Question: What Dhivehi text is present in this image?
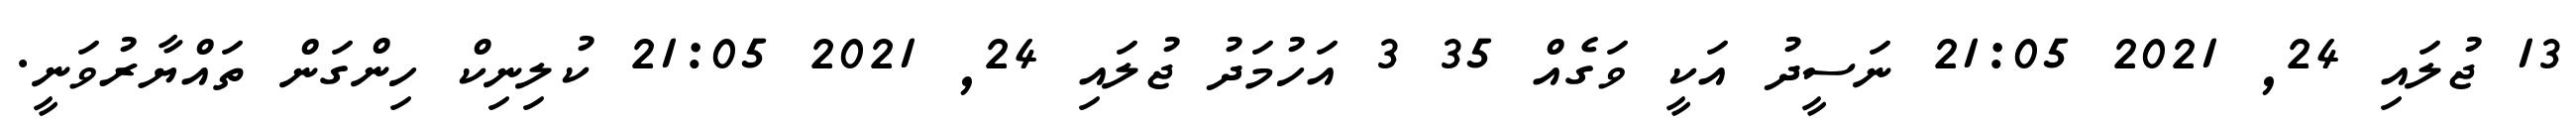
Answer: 13 ޖުލައި 24, 2021 21:05 ނަސީދު އަކީ ވަގެއް 35 3 އަހުމަދު ޖުލައި 24, 2021 21:05 ކުލިނިކް ހިންގަން ތައްޔާރުވަނީ.